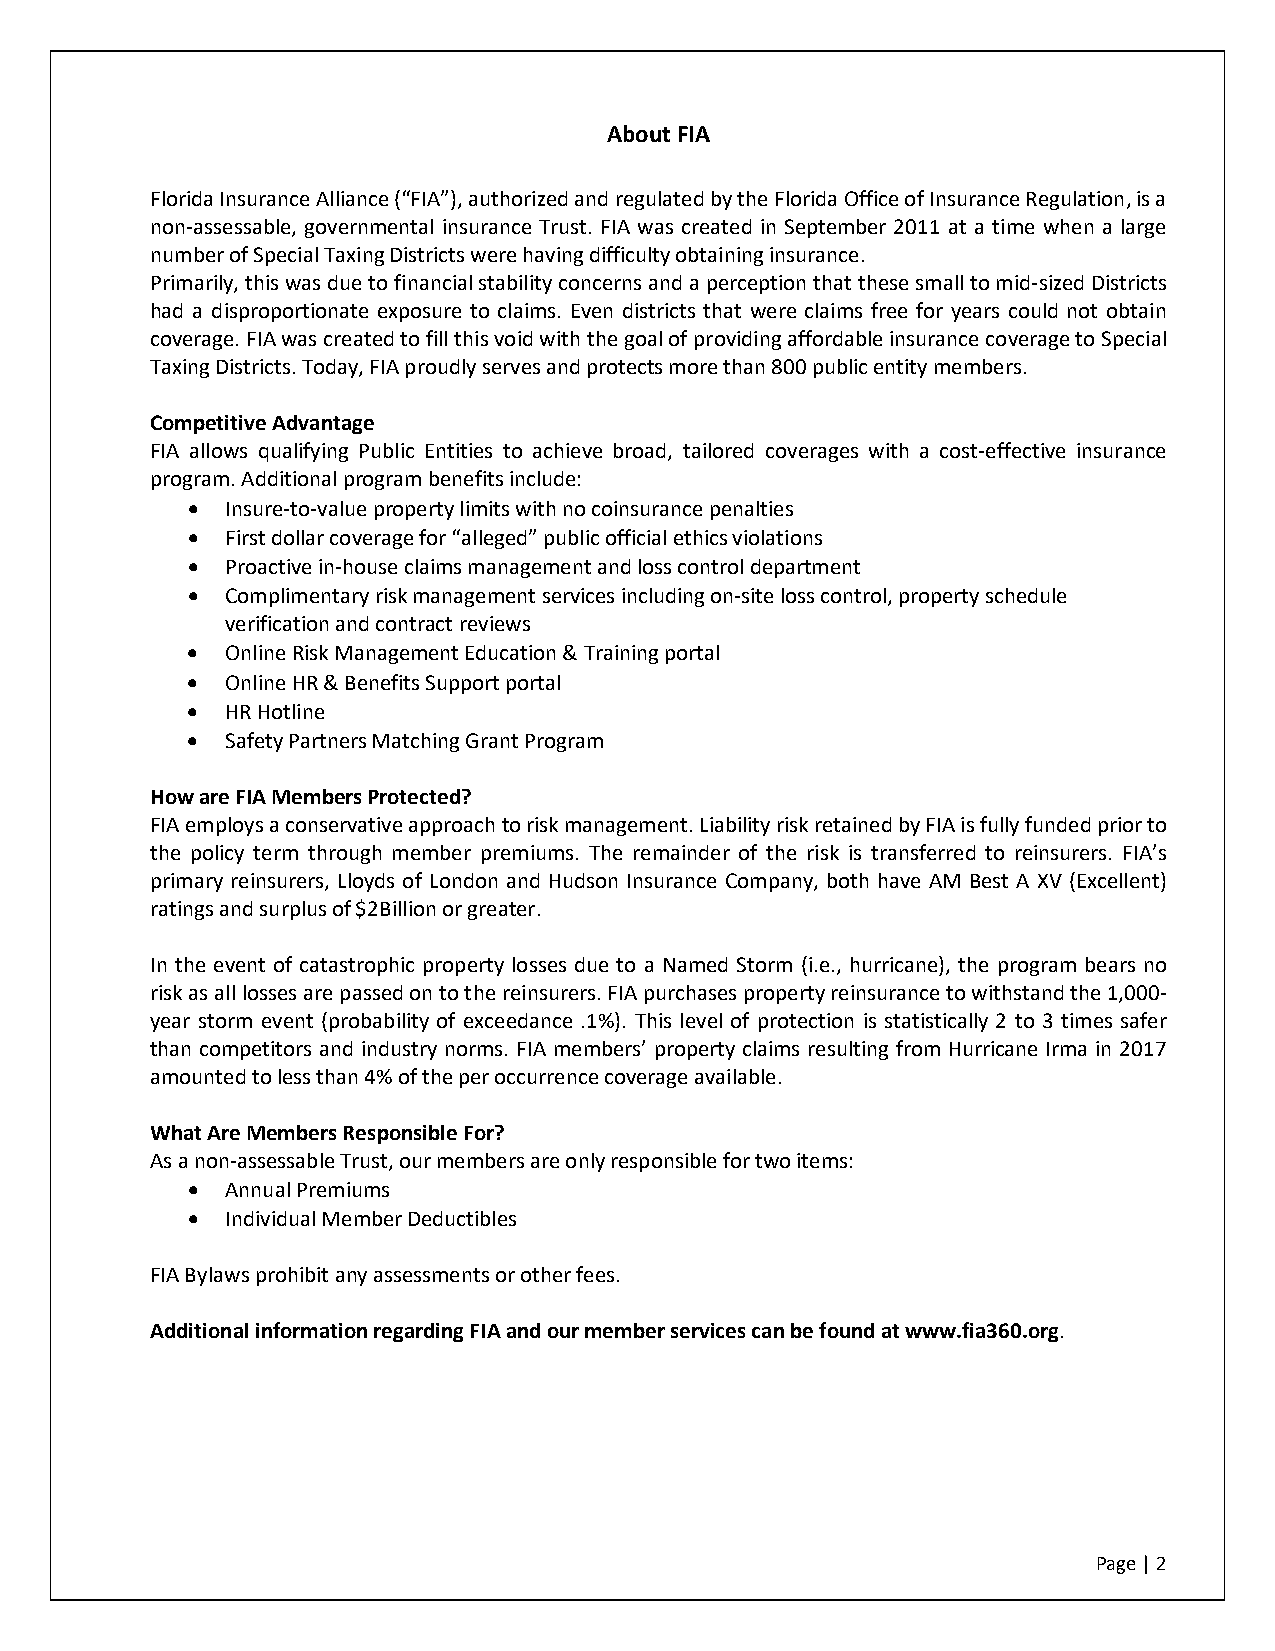
About FIA
 Florida Insurance Alliance (“FIA”), authorized and regulated by the Florida Office of Insurance Regulation, is a
 non-assessable, governmental insurance Trust. FIA was created in September 2011 at a time when a large
 number of Special Taxing Districts were having difficulty obtaining insurance.
 Primarily, this was due to financial stability concerns and a perception that these small to mid-sized Districts
 had a disproportionate exposure to claims. Even districts that were claims free for years could not obtain
 coverage. FIA was created to fill this void with the goal of providing affordable insurance coverage to Special
 Taxing Districts. Today, FIA proudly serves and protects more than 800 public entity members.
 Competitive Advantage
 FIA allows qualifying Public Entities to achieve broad, tailored coverages with a cost-effective insurance
 program. Additional program benefits include:
   Insure-to-value property limits with no coinsurance penalties
   First dollar coverage for “alleged” public official ethics violations
   Proactive in-house claims management and loss control department
   Complimentary risk management services including on-site loss control, property schedule
 verification and contract reviews
   Online Risk Management Education & Training portal
   Online HR & Benefits Support portal
   HR Hotline
   Safety Partners Matching Grant Program
 How are FIA Members Protected?
 FIA employs a conservative approach to risk management. Liability risk retained by FIA is fully funded prior to
 the policy term through member premiums. The remainder of the risk is transferred to reinsurers. FIA’s
 primary reinsurers, Lloyds of London and Hudson Insurance Company, both have AM Best A XV (Excellent)
 ratings and surplus of $2Billion or greater.
 In the event of catastrophic property losses due to a Named Storm (i.e., hurricane), the program bears no
 risk as all losses are passed on to the reinsurers. FIA purchases property reinsurance to withstand the 1,000-
 year storm event (probability of exceedance .1%). This level of protection is statistically 2 to 3 times safer
 than competitors and industry norms. FIA members’ property claims resulting from Hurricane Irma in 2017
 amounted to less than 4% of the per occurrence coverage available.
 What Are Members Responsible For?
 As a non-assessable Trust, our members are only responsible for two items:
   Annual Premiums
   Individual Member Deductibles
 FIA Bylaws prohibit any assessments or other fees.
 Additional information regarding FIA and our member services can be found at www.fia360.org.
 Page | 2